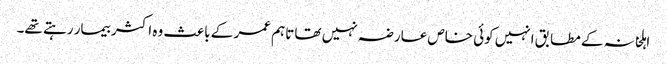
اہلخانہ کے مطابق انہیں کوئی خاص عارضہ نہیں تھا تاہم عمر کے باعث وہ اکثر بیمار رہتے تھے۔